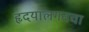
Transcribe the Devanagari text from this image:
हृदयालगतचा